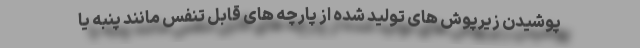
پوشیدن زیرپوش های تولید شده از پارچه های قابل تنفس مانند پنبه یا